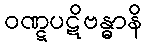
ဝဏ္ဋပဋိဗန္ဓာနိ